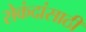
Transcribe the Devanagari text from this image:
सेकंदांसाठी